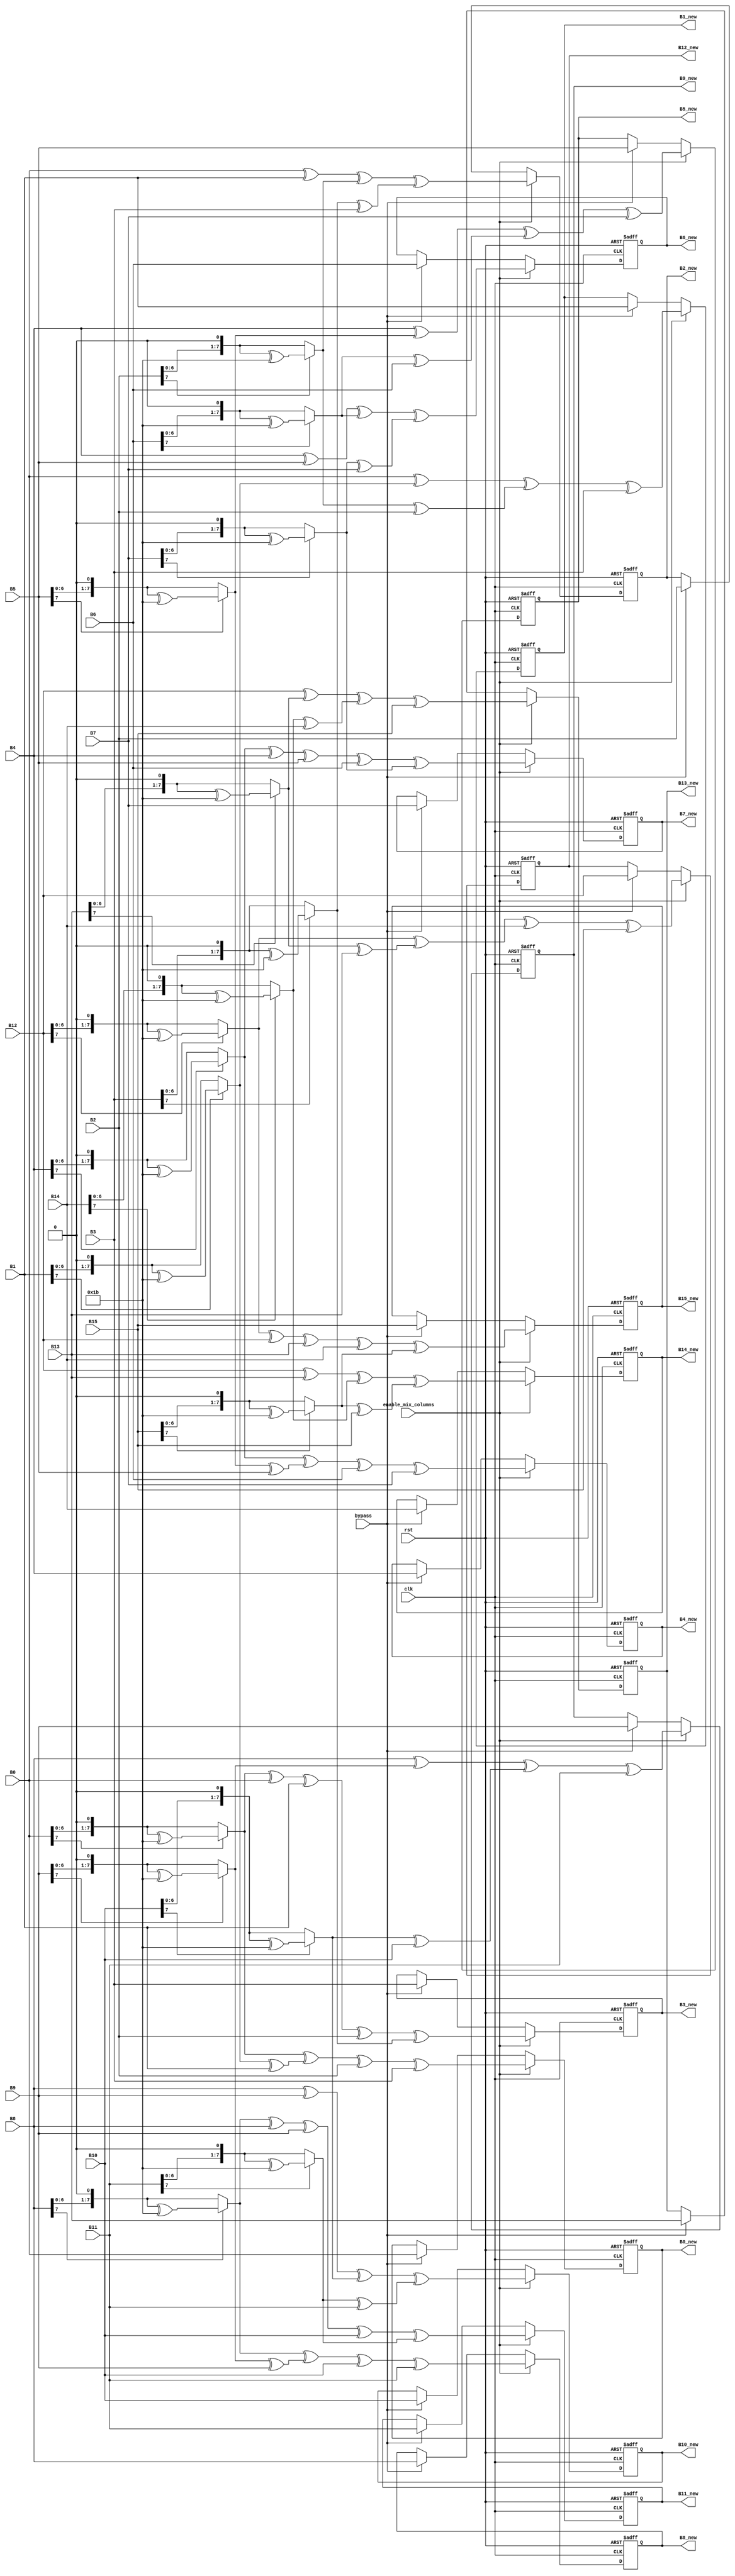
/*module mix_columns , used to perform mix_columns step in AES algorithm, the mix_column is excluded from the final_round and initial_round
the module is based on the 3 main functions:.
1)multiply_1
2)multiply_2
3)multiply_3
they are described in their declaration.
*/
module mix_columns (
input wire clk,
input wire rst, 
input wire enable_mix_columns, /*enable mix_columns generated from the top level_controller*/
input wire bypass, /*used to make mix_columns module operate as a buffer between input and output in case of initial_round and final_round*/
/*input bytes*/
input wire [7:0] B0,
input wire [7:0] B1,
input wire [7:0] B2,
input wire [7:0] B3,
input wire [7:0] B4,
input wire [7:0] B5,
input wire [7:0] B6,
input wire [7:0] B7,
input wire [7:0] B8,
input wire [7:0] B9,
input wire [7:0] B10,
input wire [7:0] B11,
input wire [7:0] B12,
input wire [7:0] B13,
input wire [7:0] B14,
input wire [7:0] B15,
/*output bytes*/
output reg [7:0] B0_new,
output reg [7:0] B1_new,
output reg [7:0] B2_new,
output reg [7:0] B3_new,
output reg [7:0] B4_new,
output reg [7:0] B5_new,
output reg [7:0] B6_new,
output reg [7:0] B7_new,
output reg [7:0] B8_new,
output reg [7:0] B9_new,
output reg [7:0] B10_new,
output reg [7:0] B11_new,
output reg [7:0] B12_new,
output reg [7:0] B13_new,
output reg [7:0] B14_new,
output reg [7:0] B15_new
);
    
wire [7:0] pre_fixed_reduction;

assign pre_fixed_reduction = 8'b00011011; /*extracted from fips standard*/ 

/*
pre_defined_matrix = [ 2   3   1   1;
                       1   2   3   1;
                       1   1   2   3;
                       3   1   1   2];

*/
/*
state matrix = [b0 b4 b8 b12 
                b1 b5 b9 b13
                b2 b6 b10 b14
                b3 b7 b11 b15
                ]

we need to multiply the pre_defined_matrix with the state matrix

*/

/*combinational signals outputs*/
wire [7:0] B0_new_comb;
wire [7:0] B1_new_comb;
wire [7:0] B2_new_comb;
wire [7:0] B3_new_comb;
wire [7:0] B4_new_comb;
wire [7:0] B5_new_comb;
wire [7:0] B6_new_comb;
wire [7:0] B7_new_comb;
wire [7:0] B8_new_comb;
wire [7:0] B9_new_comb;
wire [7:0] B10_new_comb;
wire [7:0] B11_new_comb;
wire [7:0] B12_new_comb;
wire [7:0] B13_new_comb;
wire [7:0] B14_new_comb;
wire [7:0] B15_new_comb;

/*the combinational operations*/
/*any addition is performed as Xor operation*/


/*multipling the first row of the pre_defined_matrix with the first column of the state matrix*/
assign B0_new_comb = multiply_2(B0) ^ multiply_3(B1) ^ multiply_1(B2) ^ multiply_1(B3);
/*multipling the second row of the pre_defined_matrix with the first column of the state matrix*/
assign B1_new_comb = multiply_1(B0) ^ multiply_2(B1) ^ multiply_3(B2) ^ multiply_1(B3);
/*multipling the third row of the pre_defined_matrix with the first column of the state matrix*/
assign B2_new_comb = multiply_1(B0) ^ multiply_1(B1) ^ multiply_2(B2) ^ multiply_3(B3);
/*multipling the fourth row of the pre_defined_matrix with the first column of the state matrix*/
assign B3_new_comb = multiply_3(B0) ^ multiply_1(B1) ^ multiply_1(B2) ^ multiply_2(B3);

/*multipling the first row of the pre_defined_matrix with the second column of the state matrix*/
assign B4_new_comb = multiply_2(B4) ^ multiply_3(B5) ^ multiply_1(B6) ^ multiply_1(B7);
/*multipling the second row of the pre_defined_matrix with the second column of the state matrix*/
assign B5_new_comb = multiply_1(B4) ^ multiply_2(B5) ^ multiply_3(B6) ^ multiply_1(B7);
/*multipling the third row of the pre_defined_matrix with the second column of the state matrix*/
assign B6_new_comb = multiply_1(B4) ^ multiply_1(B5) ^ multiply_2(B6) ^ multiply_3(B7);
/*multipling the fourth row of the pre_defined_matrix with the second column of the state matrix*/
assign B7_new_comb = multiply_3(B4) ^ multiply_1(B5) ^ multiply_1(B6) ^ multiply_2(B7);

/*multipling the first row of the pre_defined_matrix with the third column of the state matrix*/
assign B8_new_comb = multiply_2(B8) ^ multiply_3(B9) ^ multiply_1(B10) ^ multiply_1(B11);
/*multipling the second row of the pre_defined_matrix with the third column of the state matrix*/
assign B9_new_comb = multiply_1(B8) ^ multiply_2(B9) ^ multiply_3(B10) ^ multiply_1(B11);
/*multipling the third row of the pre_defined_matrix with the third column of the state matrix*/
assign B10_new_comb = multiply_1(B8) ^ multiply_1(B9) ^ multiply_2(B10) ^ multiply_3(B11);
/*multipling the fourth row of the pre_defined_matrix with the third column of the state matrix*/
assign B11_new_comb = multiply_3(B8) ^ multiply_1(B9) ^ multiply_1(B10) ^ multiply_2(B11);

/*multipling the first row of the pre_defined_matrix with the fourth column of the state matrix*/
assign B12_new_comb = multiply_2(B12) ^ multiply_3(B13) ^ multiply_1(B14) ^ multiply_1(B15);
/*multipling the second row of the pre_defined_matrix with the fourth column of the state matrix*/
assign B13_new_comb = multiply_1(B12) ^ multiply_2(B13) ^ multiply_3(B14) ^ multiply_1(B15);
/*multipling the third row of the pre_defined_matrix with the fourth column of the state matrix*/
assign B14_new_comb = multiply_1(B12) ^ multiply_1(B13) ^ multiply_2(B14) ^ multiply_3(B15);
/*multipling the fourth row of the pre_defined_matrix with the fourth column of the state matrix*/
assign B15_new_comb = multiply_3(B12) ^ multiply_1(B13) ^ multiply_1(B14) ^ multiply_2(B15);

/*registering the outputs bytes of the combinational logic*/
always @(posedge clk , negedge rst) begin
    
    if(!rst)begin
        B0_new <=0;
        B1_new <=0;
        B2_new <=0;
        B3_new <=0;
        B4_new <=0;
        B5_new <=0;
        B6_new <=0;
        B7_new <=0;
        B8_new <=0;
        B9_new <=0;
        B10_new <=0;
        B11_new <=0;
        B12_new <=0;
        B13_new <=0;
        B14_new <=0;
        B15_new <=0;
    end /*register the combinational logic if enable_mix_columns is high*/
    else if(enable_mix_columns)begin
        B0_new <= B0_new_comb;
        B1_new <= B1_new_comb;
        B2_new <= B2_new_comb;
        B3_new <= B3_new_comb;
        B4_new <= B4_new_comb;
        B5_new <= B5_new_comb;
        B6_new <= B6_new_comb;
        B7_new <= B7_new_comb;
        B8_new <= B8_new_comb;
        B9_new <= B9_new_comb;
        B10_new<= B10_new_comb;
        B11_new<= B11_new_comb;
        B12_new<= B12_new_comb;
        B13_new<= B13_new_comb;
        B14_new<= B14_new_comb;
        B15_new<= B15_new_comb;
    end
    /*bypass is enabled in the initial round and the final round of the AES operation so the module acts as a buffer to avoid any change on
    the input bytes before reaching add_round_key module
    */
    else if(bypass)begin
        B0_new <= B0;
        B1_new <= B1;
        B2_new <= B2;
        B3_new <= B3;
        B4_new <= B4;
        B5_new <= B5;
        B6_new <= B6;
        B7_new <= B7;
        B8_new <= B8;
        B9_new <= B9;
        B10_new<= B10;
        B11_new<= B11;
        B12_new<= B12;
        B13_new<= B13;
        B14_new<= B14;
        B15_new<= B15;

    end

end
/*
pre_defined_matrix = [ 2   3   1   1;
                       1   2   3   1;
                       1   1   2   3;
                       3   1   1   2];

*/

/*the choice between multiply_3, multiply_2, multiply_1 functions is based on the pre_defined_matrix stated in the fips standard
if the multiplication is between a byte (text) and 3 numbers either 1,2,3 stated in the pre_defined_matrix we multiply each row with a column
to produce the new column of the state matrix then move to the next column in the old state matrix

*/
/*in case the byte is multiplied by 3 in the pre_defined_matrix the result is multiply_2 multiplied the byte it self*/
function [7:0] multiply_3 (input [7:0] input_byte);
     reg [7:0] result_multiply_2;
     begin
     
     multiply_3 = multiply_2(input_byte) ^ input_byte;

     end

endfunction

/*multiply by 2 depends on the MSb of the byte to be multiplied*/
function [7:0] multiply_2 (input [7:0] input_byte);
    
    begin 
        /*if the MSb is 1 then we will shift left by 1 then xor with the pre_fixed_reduction byte stated in the fips standard*/
    if (input_byte[7]) begin
        multiply_2 = (input_byte << 1) ^ pre_fixed_reduction;
    end
    else begin /*if the MSb is equal to zero we will just shift left*/
        multiply_2 = (input_byte << 1);
    end

    end 
    
endfunction
/*mutliply_1 return the byte as it is*/
function [7:0] multiply_1 (input [7:0] input_byte);
    
    begin
        
        multiply_1 = input_byte; 

    end

    
endfunction



endmodule